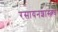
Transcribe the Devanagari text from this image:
रसायनशास्त्रचे